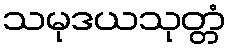
သမုဒယသုတ္တံ